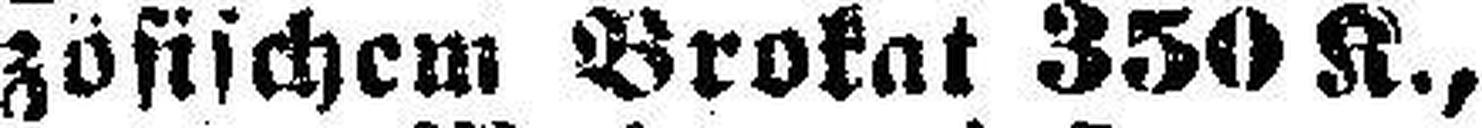
zösischem Brokat 380 K.,